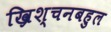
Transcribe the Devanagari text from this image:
ख्रिश्चनबहुल